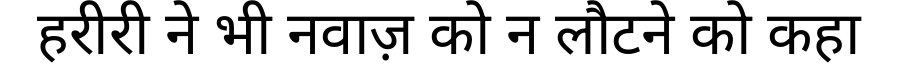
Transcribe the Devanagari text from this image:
हरीरी ने भी नवाज़ को न लौटने को कहा